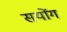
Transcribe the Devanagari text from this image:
सयोंग